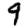
Digit: 9